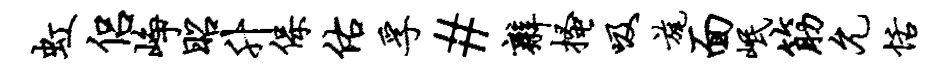
虹侣峥昭升保佑孚#辫搔吸旄面岷筋允恬